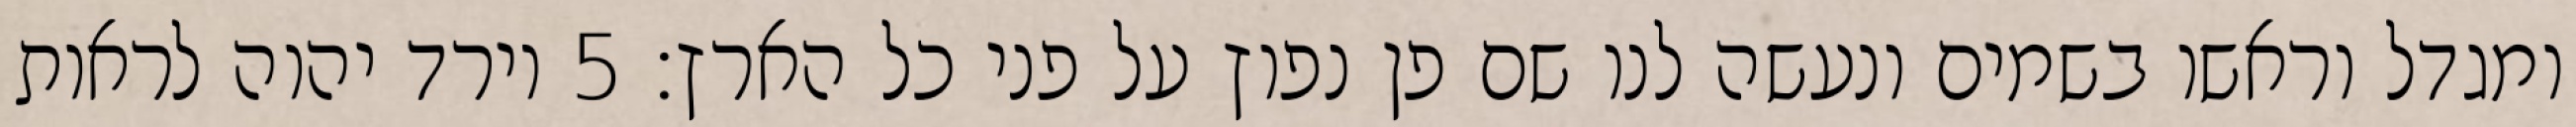
ומגדל וראשו בשמים ונעשה לנו שם פן נפוץ על פני כל הארץ׃ ‎5‏ וירד יהוה לראות